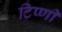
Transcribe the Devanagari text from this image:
टिप्णी